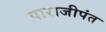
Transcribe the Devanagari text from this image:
पाराजीपंत